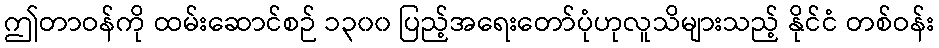
ဤတာဝန်ကို ထမ်းဆောင်စဉ် ၁၃၀၀ ပြည့်အရေးတော်ပုံဟုလူသိများသည့် နိုင်ငံ တစ်ဝန်း